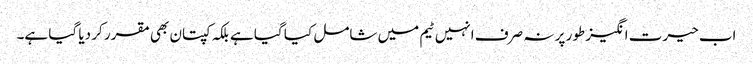
اب حیرت انگیز طور پر نہ صرف انہیں ٹیم میں شامل کیا گیا ہے بلکہ کپتان بھی مقرر کر دیا گیا ہے۔